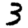
Digit: 3